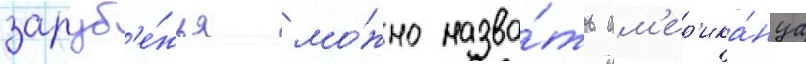
заруб'е́жья мо́жно назва́ть ам'ер'ика́нца